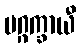
မဂ္ဂက္ခာယီ